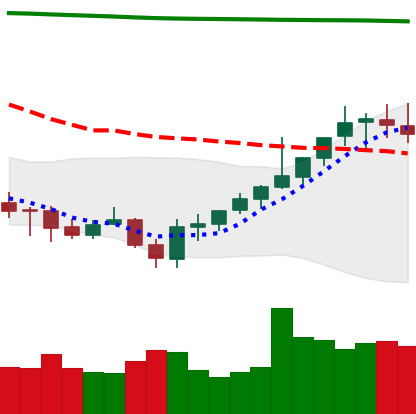
Ticker: XMR-USD
Chart end date: 2021-08-01
Forward return: 11.347%
Label: up_7plus